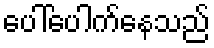
ပေါ်ပေါက်နေသည်